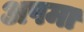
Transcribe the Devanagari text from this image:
अपमा